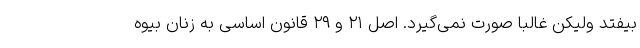
بیفتد ولیکن غالبا صورت نمی‌گیرد. اصل ۲۱ و ۲۹ قانون اساسی به زنان بیوه